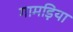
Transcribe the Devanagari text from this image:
गामड़िया